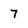
Character: 7